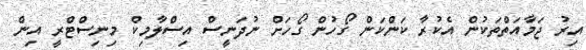
އިރު ޖަމާއަތްތަކުން އެކުރާ ކަންކަން ގޯހުން ގޯހަށް ނުދަނީސް އިސްލާމިކް މިނިސްޓްރީ އިން